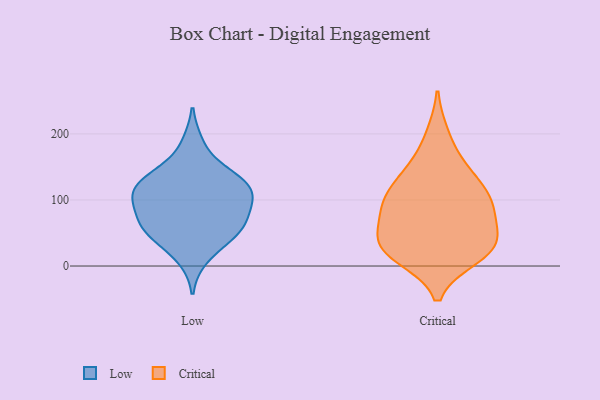
{"axis": {"x": "Temperature (°C)", "y": "Value"}, "legend": ["Critical", "Low"], "data": [{"x": "", "y": 53, "type": "Low"}, {"x": "", "y": 129, "type": "Low"}, {"x": "", "y": 123, "type": "Low"}, {"x": "", "y": 47, "type": "Low"}, {"x": "", "y": 47, "type": "Low"}, {"x": "", "y": 12, "type": "Low"}, {"x": "", "y": 185, "type": "Low"}, {"x": "", "y": 99, "type": "Low"}, {"x": "", "y": 78, "type": "Low"}, {"x": "", "y": 106, "type": "Low"}, {"x": "", "y": 98, "type": "Low"}, {"x": "", "y": 132, "type": "Low"}, {"x": "", "y": 114, "type": "Low"}, {"x": "", "y": 74, "type": "Low"}, {"x": "", "y": 142, "type": "Low"}, {"x": "", "y": 57, "type": "Low"}, {"x": "", "y": 39, "type": "Critical"}, {"x": "", "y": 22, "type": "Critical"}, {"x": "", "y": 83, "type": "Critical"}, {"x": "", "y": 99, "type": "Critical"}, {"x": "", "y": 14, "type": "Critical"}, {"x": "", "y": 91, "type": "Critical"}, {"x": "", "y": 121, "type": "Critical"}, {"x": "", "y": 81, "type": "Critical"}, {"x": "", "y": 198, "type": "Critical"}, {"x": "", "y": 31, "type": "Critical"}, {"x": "", "y": 141, "type": "Critical"}, {"x": "", "y": 49, "type": "Critical"}, {"x": "", "y": 34, "type": "Critical"}, {"x": "", "y": 105, "type": "Critical"}, {"x": "", "y": 151, "type": "Critical"}, {"x": "", "y": 18, "type": "Critical"}]}